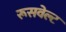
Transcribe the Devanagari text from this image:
रूसवेल्ट